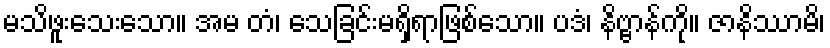
မသိဖူးသေးသော။ အမ တံ၊ သေခြင်းမရှိရာဖြစ်သော။ ပဒံ၊ နိဗ္ဗာန်ကို။ ဇာနိဿာမိ၊